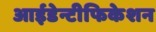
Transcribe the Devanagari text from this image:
आईडेन्टीफिकेशन